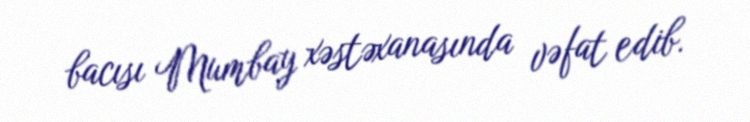
bacısı Mumbay xəstəxanasında vəfat edib.